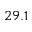
2 9 . 1